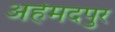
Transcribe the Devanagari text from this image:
अहेमदपुर